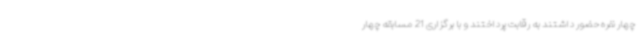
چهار نفره حضور داشتند به رقابت پرداختند و با برگزاری 21 مسابقه چهار